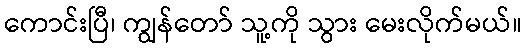
ကောင်းပြီ၊ ကျွန်တော် သူ့ကို သွား မေးလိုက်မယ်။